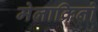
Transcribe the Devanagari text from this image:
मेलाक्रिनो